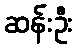
ဆန်းဦး